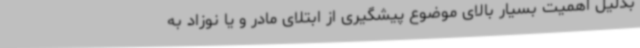
بدلیل اهمیت بسیار بالای موضوع پیشگیری از ابتلای مادر و یا نوزاد به